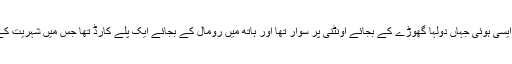
گذشتہ دنوں انڈیا کی جنوبی ریاست کیرالہ میں ایک شادی ایسی ہوئی جہاں دولہا گھوڑے کے بجائے اونٹنی پر سوار تھا اور ہاتھ میں رومال کے بجائے ایک پلے کارڈ تھا جس میں شہریت کے متنازع قانون کو مسترد کرنے کی بات لکھی ہوئی تھی۔